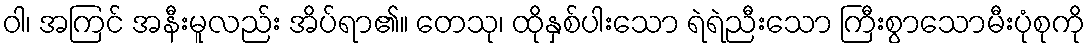
ဝါ၊ အကြင် အနီးမူလည်း အိပ်ရာ၏။ တေသု၊ ထိုနှစ်ပါးသော ရဲရဲညီးသော ကြီးစွာသောမီးပုံစုကို